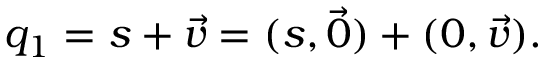
q _ { 1 } = s + { \vec { v } } = ( s , { \vec { 0 } } ) + ( 0 , { \vec { v } } ) .